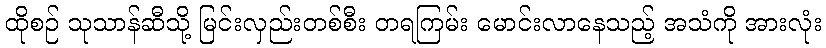
ထိုစဉ် သုသာန်ဆီသို့ မြင်းလှည်းတစ်စီး တရကြမ်း မောင်းလာနေသည့် အသံကို အားလုံး